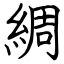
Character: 綢